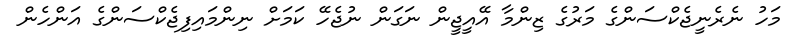
މަހު ނެރެނީޖެކްސަންގެ މަރުގެ ޒިންމާ އޭއީޖީން ނަގަން ނުޖެހޭ ކަމަށް ނިންމައިފިޖެކްސަންގެ އަންހެން